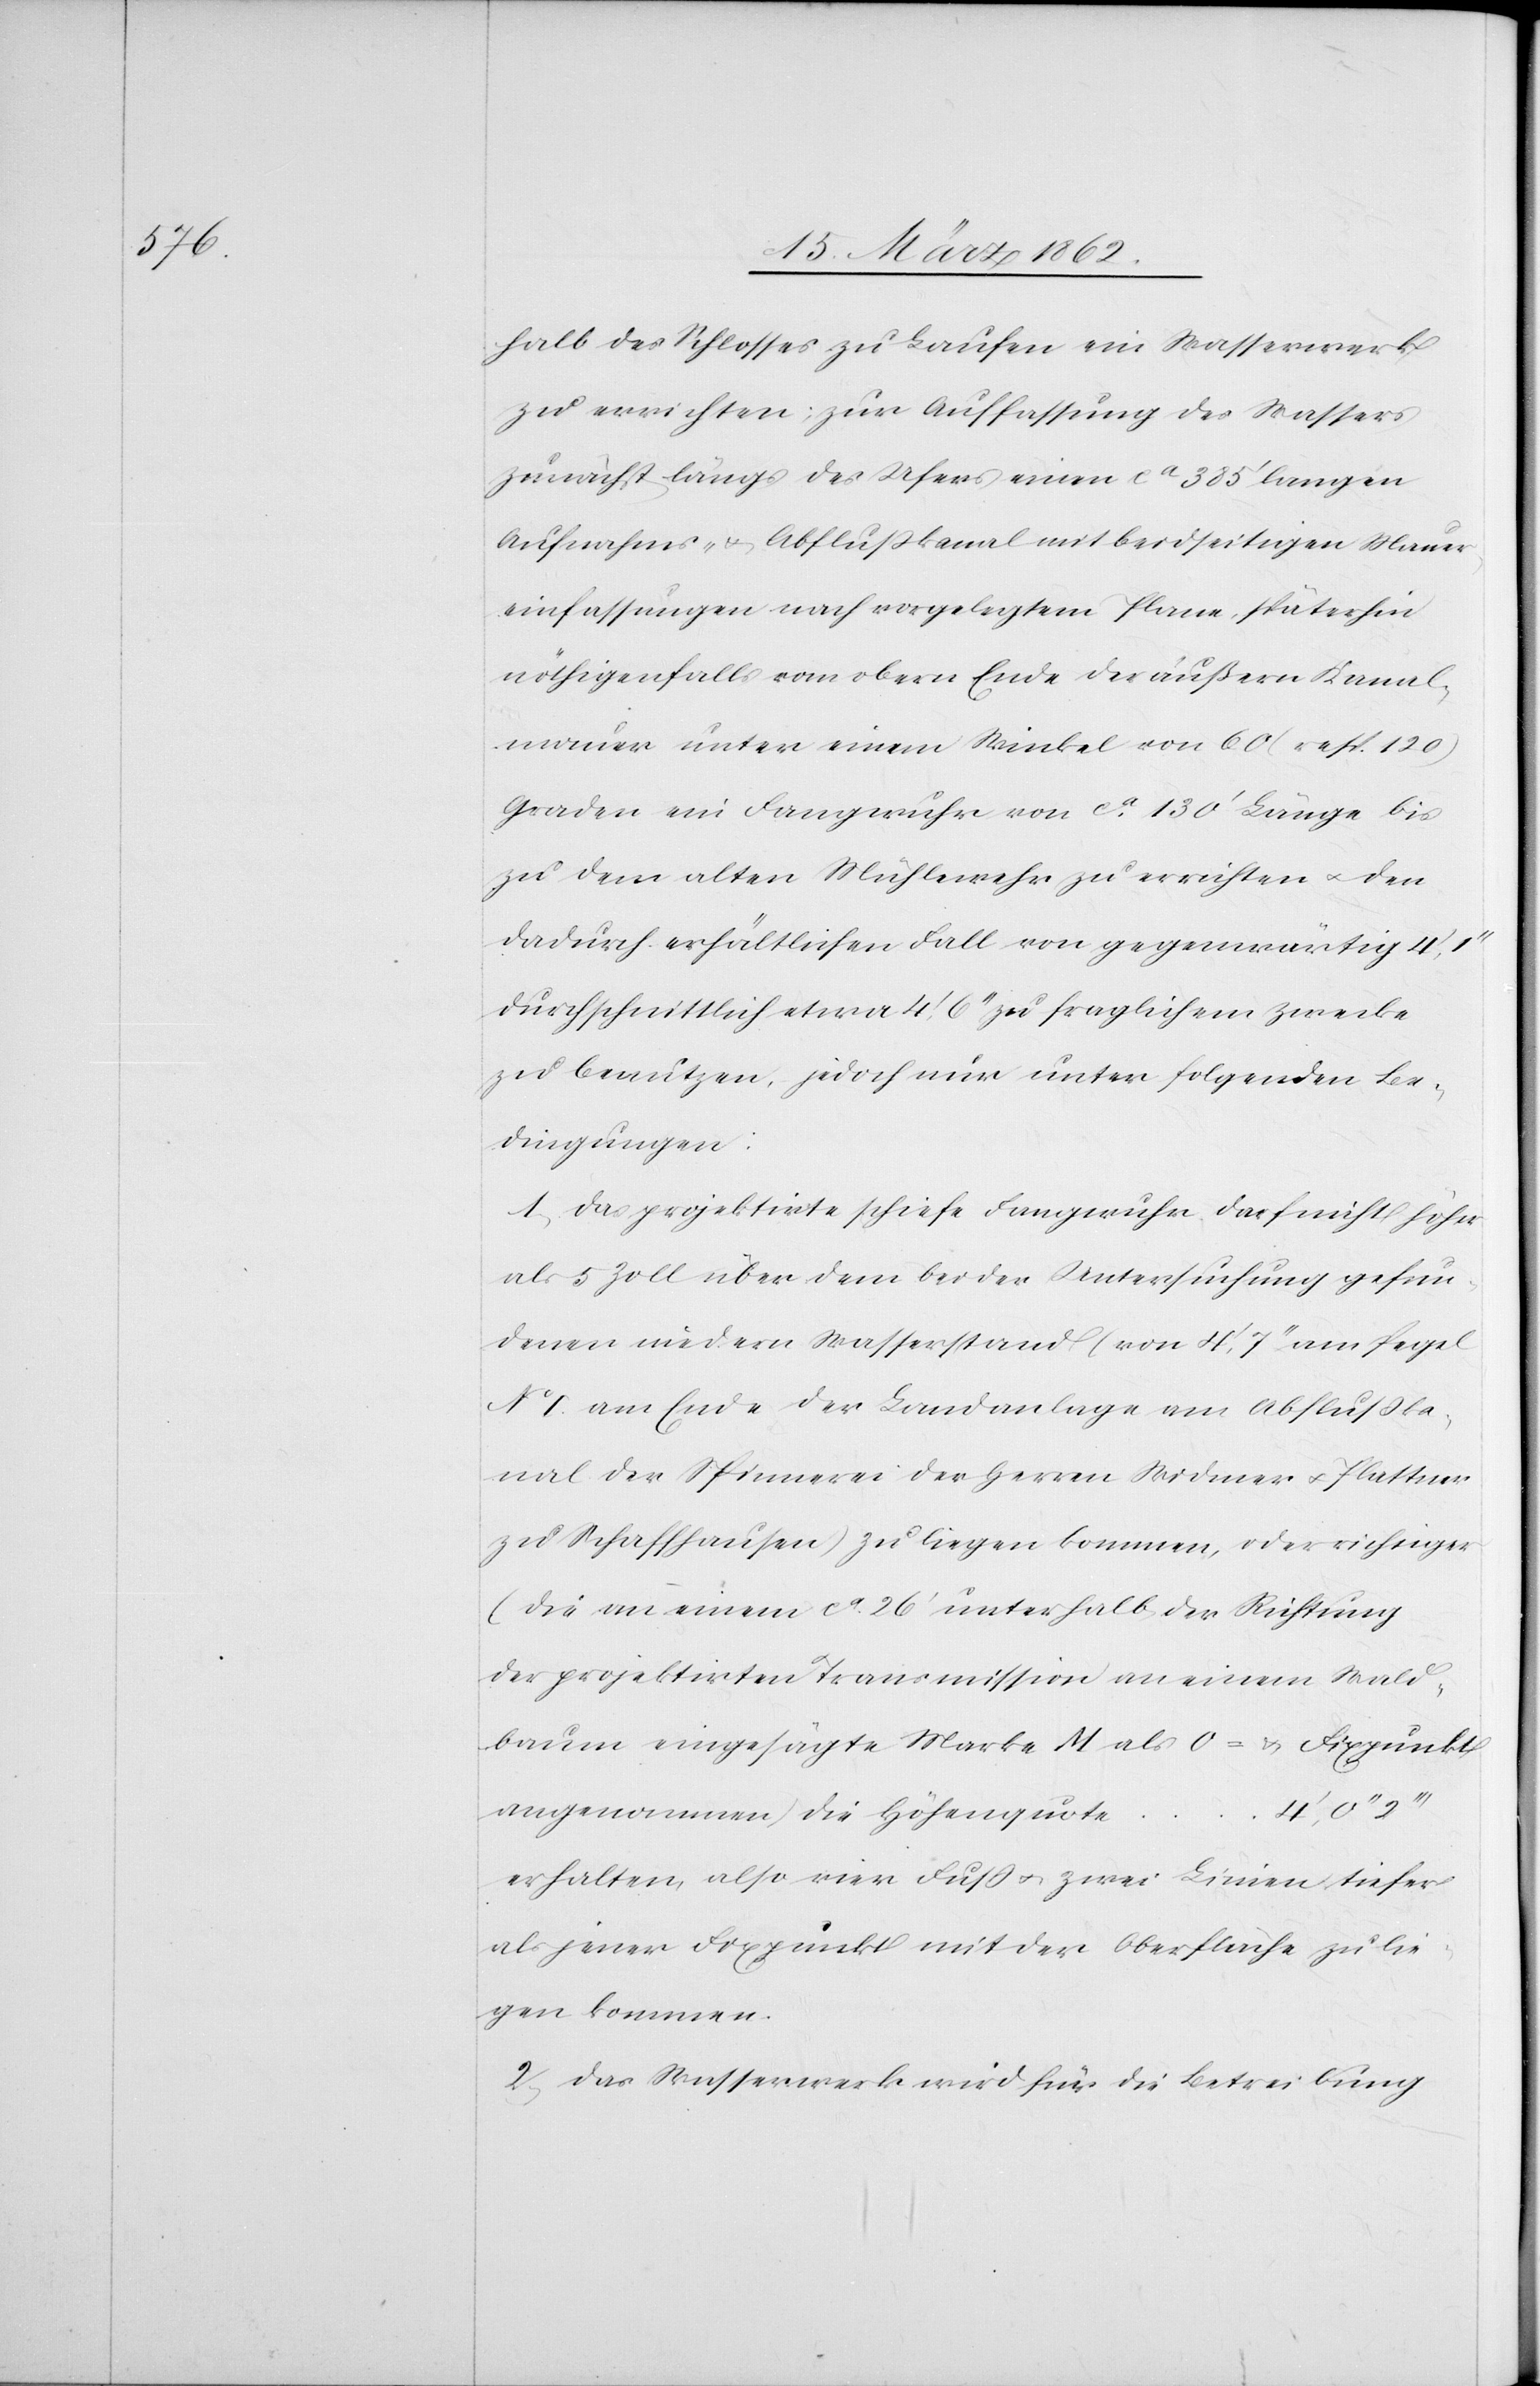
halb des Schlosses zu Laufen ein Wasserwerk
zu errichten; zur Auffassung des Wassers
zunächst längs des Ufers einen ca 385‘ langen
Aufnahms- & Abflußkanal mit beidseitigen Mauer¬
einfassungen nach vorgelegtem Plane, späterhin
nöthigenfalls vom obern Ende der äußern Kanal¬
mauer unter einem Winkel von 60 (resp. 120)
Graden ein Fangwuhr von ca. 130‘ Länge bis
zu dem alten Mühlewehr zu errichten u. den
dadurch erhältlichen Fall von gegenwärtig 4‘,
durchschnittlich etwa 4‘, 6‘‘ zu fraglichem Zwecke
zu benutzen, jedoch nur unter folgenden Be¬
dingungen:
1) Das projektirte schiefe Fangwuhr darf nicht höher
als 5 Zoll über dem bei Untersuchung gefun¬
denen niedern Wasserstand (von 4‘, 7‘‘ am Pegel
No. I. am Ende der Landanlage am Abflußka¬
nal der Spinnerei der Herren Widmer u. Plattner
zu Schaffhausen) zu liegen kommen, oder richtiger
(die an einem ca. 26‘ unterhalb der Richtung
der projektirten Transmission an einem Wald¬
baum eingesägte Marke Majestät als 0 = Fixpunkt
angenommen) die Höhenquote
erhalten, also vier Fuß u. zwei Linien tiefer
als jener Fixpunkt mit der Oberfläche zu lie¬
gen kommen.
2) Das Wasserwerk wird für die Betreibung